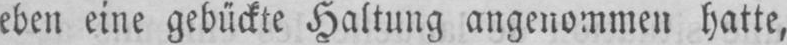
eben eine gebückte Haltung angenommen hatte,